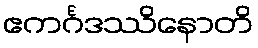
ဧကင်္ဂဒဿိနောတိ